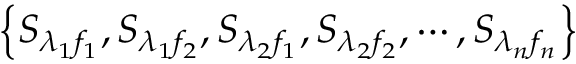
\left\{ { { S } _ { { \lambda } _ { 1 } { f } _ { 1 } } } , { { S } _ { { \lambda } _ { 1 } { f } _ { 2 } } } , { { S } _ { { \lambda } _ { 2 } { f } _ { 1 } } } , { { S } _ { { \lambda } _ { 2 } { f } _ { 2 } } } , \cdots , { { S } _ { { \lambda } _ { n } { f } _ { n } } } \right\}